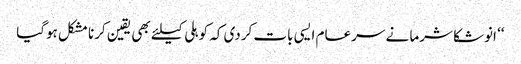
‘‘ انوشکا شرما نے سرعام ایسی بات کردی کہ کوہلی کیلئے بھی یقین کرنا مشکل ہوگیا